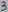
Text: 3